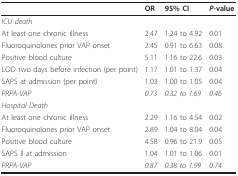
<table><thead><tr><td></td><td><b>OR</b></td><td><b>95% CI</b></td><td><b><i>P</i>-value</b></td></tr></thead><tbody><tr><td><i>ICU death</i></td><td></td><td></td><td></td></tr><tr><td>At least one chronic illness</td><td>2.47</td><td>1.24 to 4.92</td><td>0.01</td></tr><tr><td>Fluoroquinolones prior VAP onset</td><td>2.45</td><td>0.91 to 6.63</td><td>0.08</td></tr><tr><td>Positive blood culture</td><td>5.11</td><td>1.16 to 22.6</td><td>0.03</td></tr><tr><td>LOD two days before infection (per point)</td><td>1.17</td><td>1.01 to 1.37</td><td>0.04</td></tr><tr><td>SAPS at admission (per point)</td><td>1.03</td><td>1.00 to 1.05</td><td>0.04</td></tr><tr><td><i>PRPA-VAP</i></td><td><i>0.73</i></td><td><i>0.32 to 1.69</i></td><td><i>0.46</i></td></tr><tr><td><i>Hospital Death</i></td><td></td><td></td><td></td></tr><tr><td>At least one chronic illness</td><td>2.29</td><td>1.16 to 4.54</td><td>0.02</td></tr><tr><td>Fluoroquinolones prior VAP onset</td><td>2.89</td><td>1.04 to 8.04</td><td>0.04</td></tr><tr><td>Positive blood culture</td><td>4.58</td><td>0.96 to 21.9</td><td>0.05</td></tr><tr><td>SAPS II at admission</td><td>1.04</td><td>1.01 to 1.06</td><td>0.01</td></tr><tr><td><i>PRPA-VAP</i></td><td><i>0.87</i></td><td><i>0.38 to 1.99</i></td><td><i>0.74</i></td></tr></tbody></table>